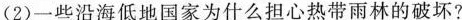
(2)一些沿海低地国家为什么担心热带雨林的破坏?